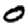
Digit: 0